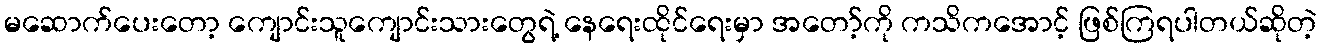
မဆောက်ပေးတော့ ကျောင်းသူကျောင်းသားတွေရဲ့ နေရေးထိုင်ရေးမှာ အတော့်ကို ကသိကအောင့် ဖြစ်ကြရပါတယ်ဆိုတဲ့